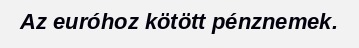
Az euróhoz kötött pénznemek.